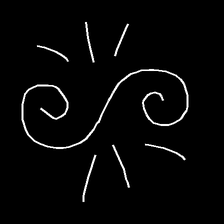
Glyph: wind-directs-air